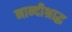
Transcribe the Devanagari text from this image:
नान्दीश्राद्ध